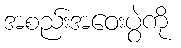
အစည်းအဝေးပွဲကို